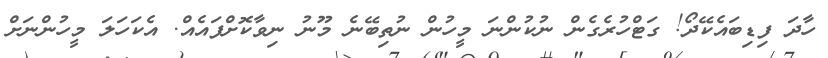
ހާދަ ފިޑިބައެކޭދޯ! ގަޓްހުރެގެން ނުކުންނަ މީހުން ނުތިބޭނެ މޫނު ނިވާކޮށްފައެއް. އެކަހަލަ މީހުންނަށް